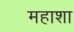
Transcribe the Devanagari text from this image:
महाशा